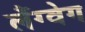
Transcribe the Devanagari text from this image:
लैंग्वेग